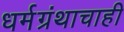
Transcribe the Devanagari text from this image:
धर्मग्रंथाचाही